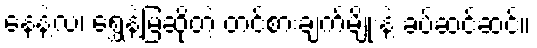
နေနဲ့လ၊ ရွှေနဲ့မြဆိုတဲ့ တင်စားချက်မျိုးနဲ့ ခပ်ဆင်ဆင်။